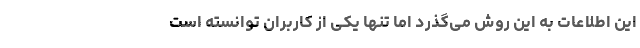
این اطلاعات به این روش می‌گذرد اما تنها یکی از کاربران توانسته است